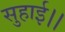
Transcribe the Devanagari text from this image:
सुहाई।।